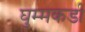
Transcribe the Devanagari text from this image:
घुम्मकडी